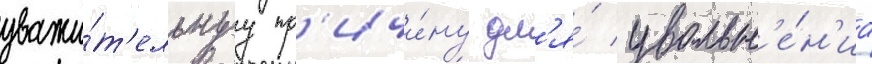
уважи́т'ельнуу пр'ичи́ну дл'я́ увольн'е́н'иа